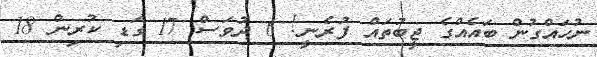
ނުހައްގުން ބައެއްގެ ޖީބުތައް ފުރެނީ! 6 ދުވަސް 17 ގަޑި ކުރިން 18